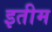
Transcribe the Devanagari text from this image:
इतीम